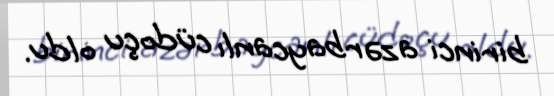
birinci azərbaycanlı cüdoçu oldu.